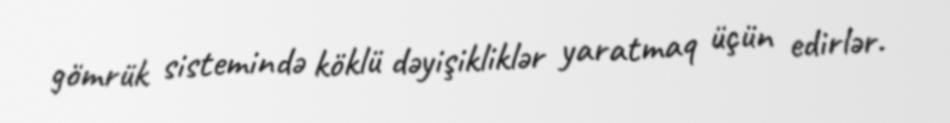
gömrük sistemində köklü dəyişikliklər yaratmaq üçün edirlər.